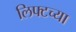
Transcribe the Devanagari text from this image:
लिफ्टच्या